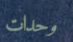
وحدات